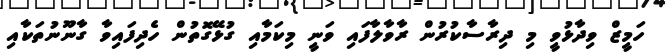
ހަމީޒް ވިދާޅުވީ މި ދިރާސާކުރުން ރާވާލާފައި ވަނީ މިކަމާއި ގުޅޭގޮތުން ހެދިފައިވާ ގާނޫނުތަކާއި